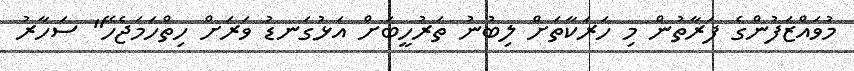
މުވައްޒަފުންގެ ފަރާތުން މި ހަރަކާތަށް ލިބުނު ތަރުހީބަށް އަޅުގަނޑު ވަރަށް ހިތްހަމަޖެހޭ" ސަހާރު